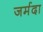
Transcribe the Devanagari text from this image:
जर्मदा